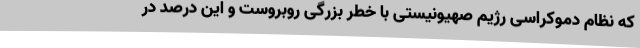
که نظام دموکراسی رژیم صهیونیستی با خطر بزرگی روبروست و این درصد در